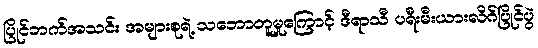
ပြိုင်ဘက်အသင်း အများစုရဲ့ သဘောတူမှုကြောင့် ဒီရာသီ ပရီးမီးယားလိဂ်ပြိုင်ပွဲ